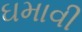
ઘમાવી